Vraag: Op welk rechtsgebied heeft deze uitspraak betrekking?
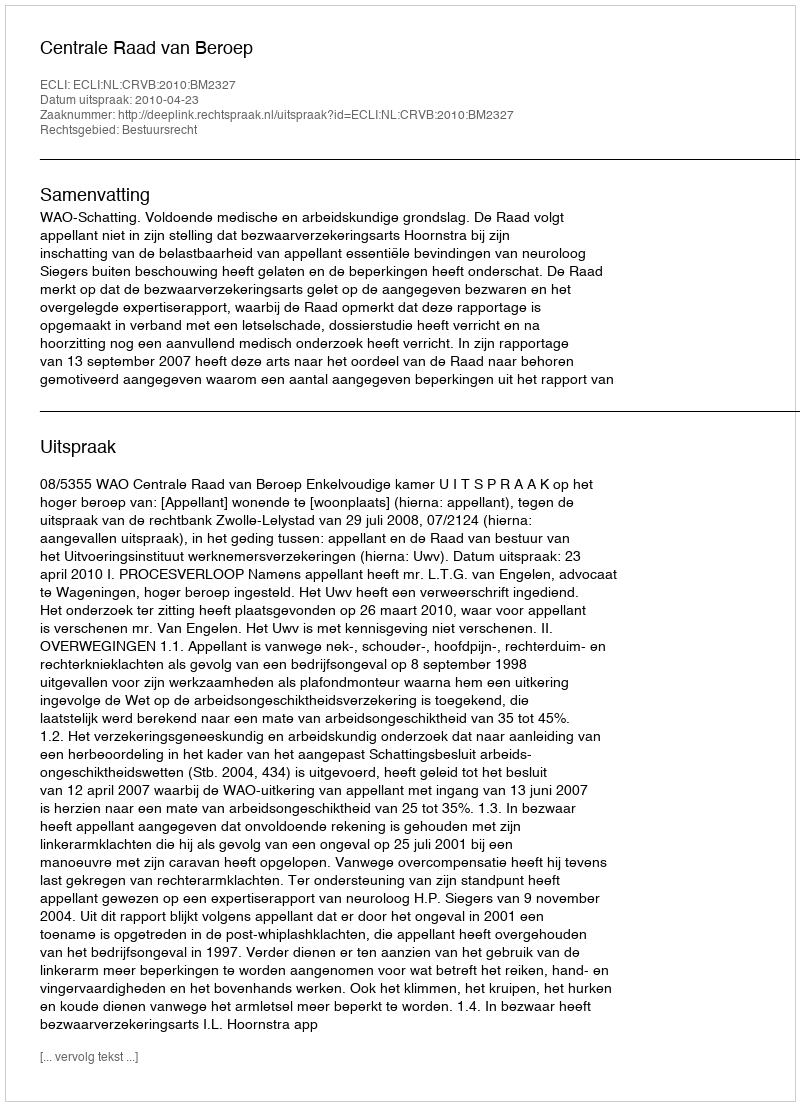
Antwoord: Bestuursrecht